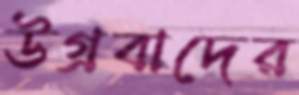
উগ্রবাদের